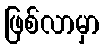
ဖြစ်လာမှာ